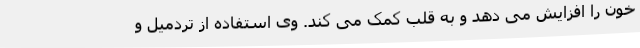
خون را افزایش می دهد و به قلب کمک می کند. وی استفاده از تردمیل و